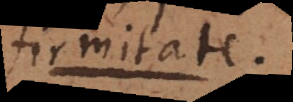
firmitate.